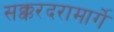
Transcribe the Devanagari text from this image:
सक्करदरामार्गे